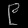
Digit: ၉